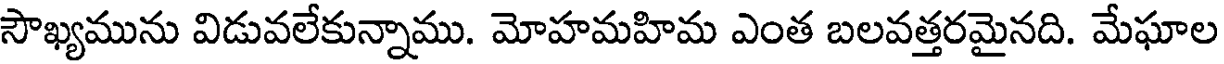
సౌఖ్యమును విడువలేకున్నాము. మోహమహిమ ఎంత బలవత్తరమైనది. మేఘాల